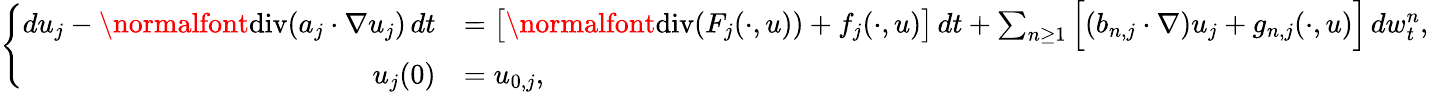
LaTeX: \left\{ \begin{array}{rl}{du_{j}-\normalfont{\mathrm{div}}(a_{j}\cdot\nabla u_{j})\, dt}&{=\big[\normalfont{\mathrm{div}}(F_{j}(\cdot,u))+f_{j}(\cdot,u)\big]\, dt+\sum_{n\geq 1}\Big[(b_{n,j}\cdot\nabla)u_{j}+g_{n,j}(\cdot,u)\Big]\, dw_{t}^{n},}\\ {u_{j}(0)}&{=u_{0,j},}\end{array}\right.